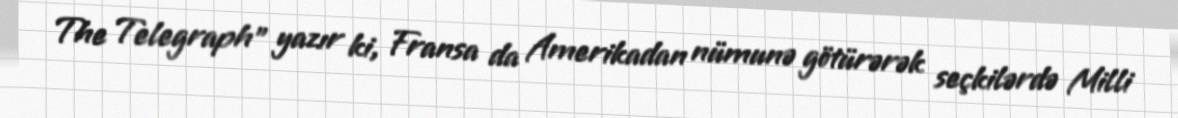
The Telegraph" yazır ki, Fransa da Amerikadan nümunə götürərək seçkilərdə Milli